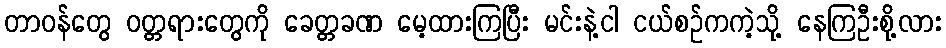
တာဝန်တွေ ဝတ္တရားတွေကို ခေတ္တခဏ မေ့ထားကြပြီး မင်းနဲ့ငါ ငယ်စဉ်ကကဲ့သို့ နေကြဦးစို့လား